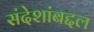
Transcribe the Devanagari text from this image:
संदेशांबद्दल